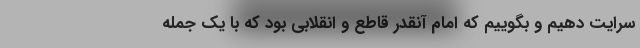
سرایت دهیم و بگوییم که امام آنقدر قاطع و انقلابی بود که با یک جمله